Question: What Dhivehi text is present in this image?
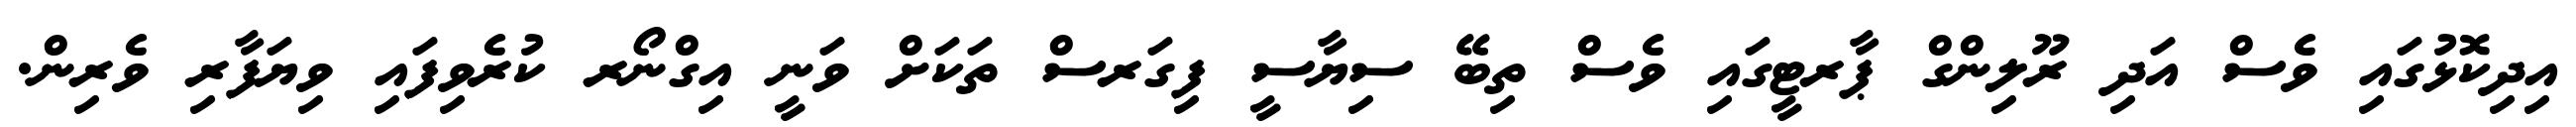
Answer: އިދިކޮޅުގައި ވެސް އަދި ރޫލިންގް ޕާރޓީގައި ވެސް ތިބޭ ސިޔާސީ ފިގަރސް ތަކަށް ވަނީ އިގްނޯރ ކުރެވިފައި ވިޔަފާރި ވެރިން.